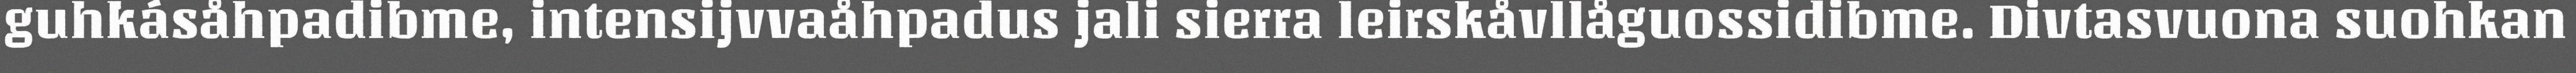
guhkásåhpadibme, intensijvvaåhpadus jali sierra leirskåvllåguossidibme. Divtasvuona suohkan